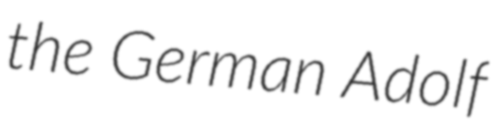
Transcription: the German Adolf